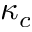
\kappa _ { c }